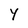
Character: Y